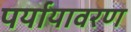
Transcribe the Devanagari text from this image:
पर्यायावरण